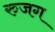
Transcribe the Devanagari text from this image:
रुजग